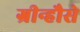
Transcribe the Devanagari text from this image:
ग्रीन्हौसे